Notes on the propagation and cultivation of the medicinal cinchonas, or Peruvian bark trees
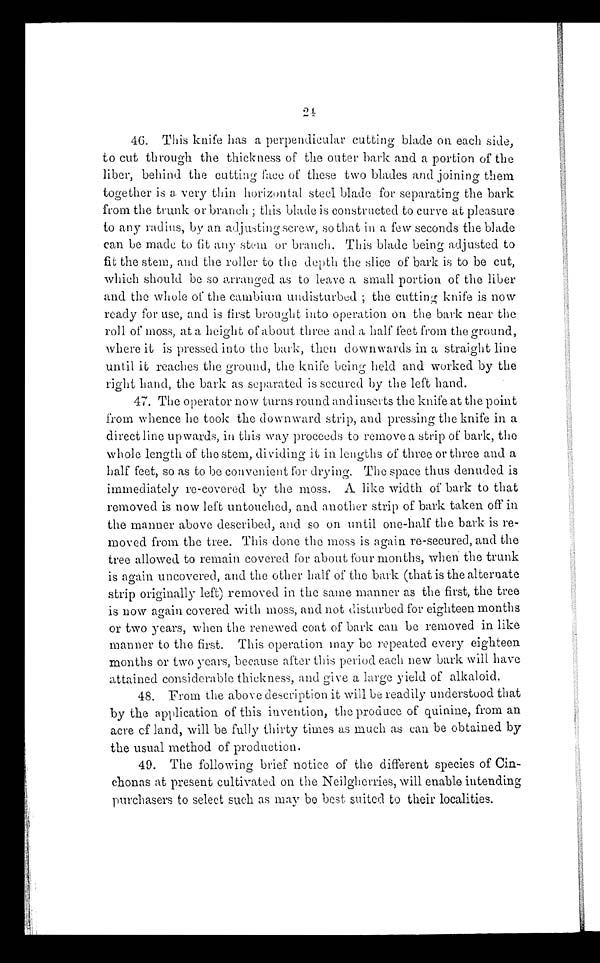
46. This knife has a perpendicular cutting blade on each side,
to cut through the thickness of the outer bark and a portion of the
liber, behind the cutting face of these two blades and joining them
together is a very thin horizontal steel blade for separating the bark
from the trunk or branch ; this blade is constructed to curve at pleasure
to any radius, by an adjusting screw, so that in a few seconds the blade
can be made to fit any stem or branch. This blade being adjusted to
fit the stem, and the roller to the depth the slice of bark is to be cut,
which should be so arranged as to leave a small portion of the liber
and the whole of the cambium undisturbed ; the cutting knife is now
ready for use, and is first brought into operation on the bark near the
roll of moss, at a height of about three and a half feet from the ground,
where it is pressed into the bark, then downwards in a straight line
until it reaches the ground, the knife being held and worked by the
right hand, the bark as separated is secured by the left hand.
47. The operator now turns round and inserts the knife at the point
from whence he took the downward strip, and pressing the knife in a
direct line upwards, in this way proceeds to remove
a strip of bark, the
whole length of the stem, dividing it in lengths of three or three and a
half feet, so as to be convenient for drying. The space thus denuded is
immediately re-covered by the moss. A. like width of bark to that
removed is now left untouched, and another strip of bark taken off in
the manner above described, and so on until. one-half the bark is re-
moved from the tree. This done the moss is again re-secured, and the
tree allowed to remain covered for about four months, when the trunk
is again uncovered, and the other half of the bark (that is the alternate
strip originally left) removed in the same manner as the first, the tree
is now again covered with moss, and not disturbed for eighteen months
or two years, when the renewed coat of bark can be removed in like
manner to the first. This operation may be repeated every eighteen
months or two years, because after this period each new bark will have
attained considerable thickness, and give a large yield of alkaloid.
48. From the above description it will be readily understood that
by the application of this invention, the produce of quinine, from an
acre of land, will be fully thirty times as much as can be obtained by
the usual method of production.
49. The following brief notice of the different species of Cin-
chonas at present cultivated on the Neilgherries, will enable intending
purchasers to select such as may be best suited to their localities